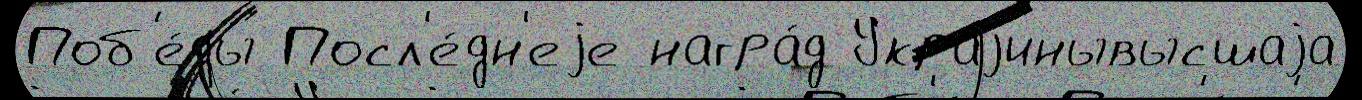
Поб'е́ды Посл'е́дн'еjе награ́д Украjинывысшаjа